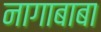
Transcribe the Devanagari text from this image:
नागाबाबा